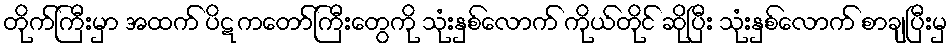
တိုက်ကြီးမှာ အထက် ပိဋကတော်ကြီးတွေကို သုံးနှစ်လောက် ကိုယ်တိုင် ဆိုပြီး သုံးနှစ်လောက် စာချပြီးမှ